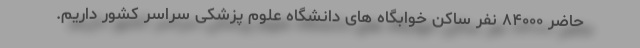
حاضر ۸۴٠٠٠ نفر ساکن خوابگاه های دانشگاه علوم پزشکی سراسر کشور داریم.